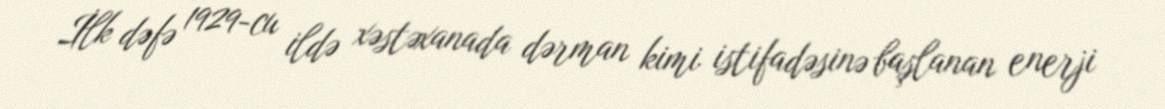
İlk dəfə 1929-cu ildə xəstəxanada dərman kimi istifadəsinə başlanan enerji